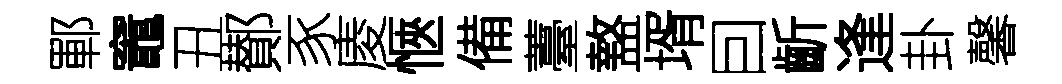
鄆竈丑鄼豕庱愜備薹盩壻囙齗逢卦馨